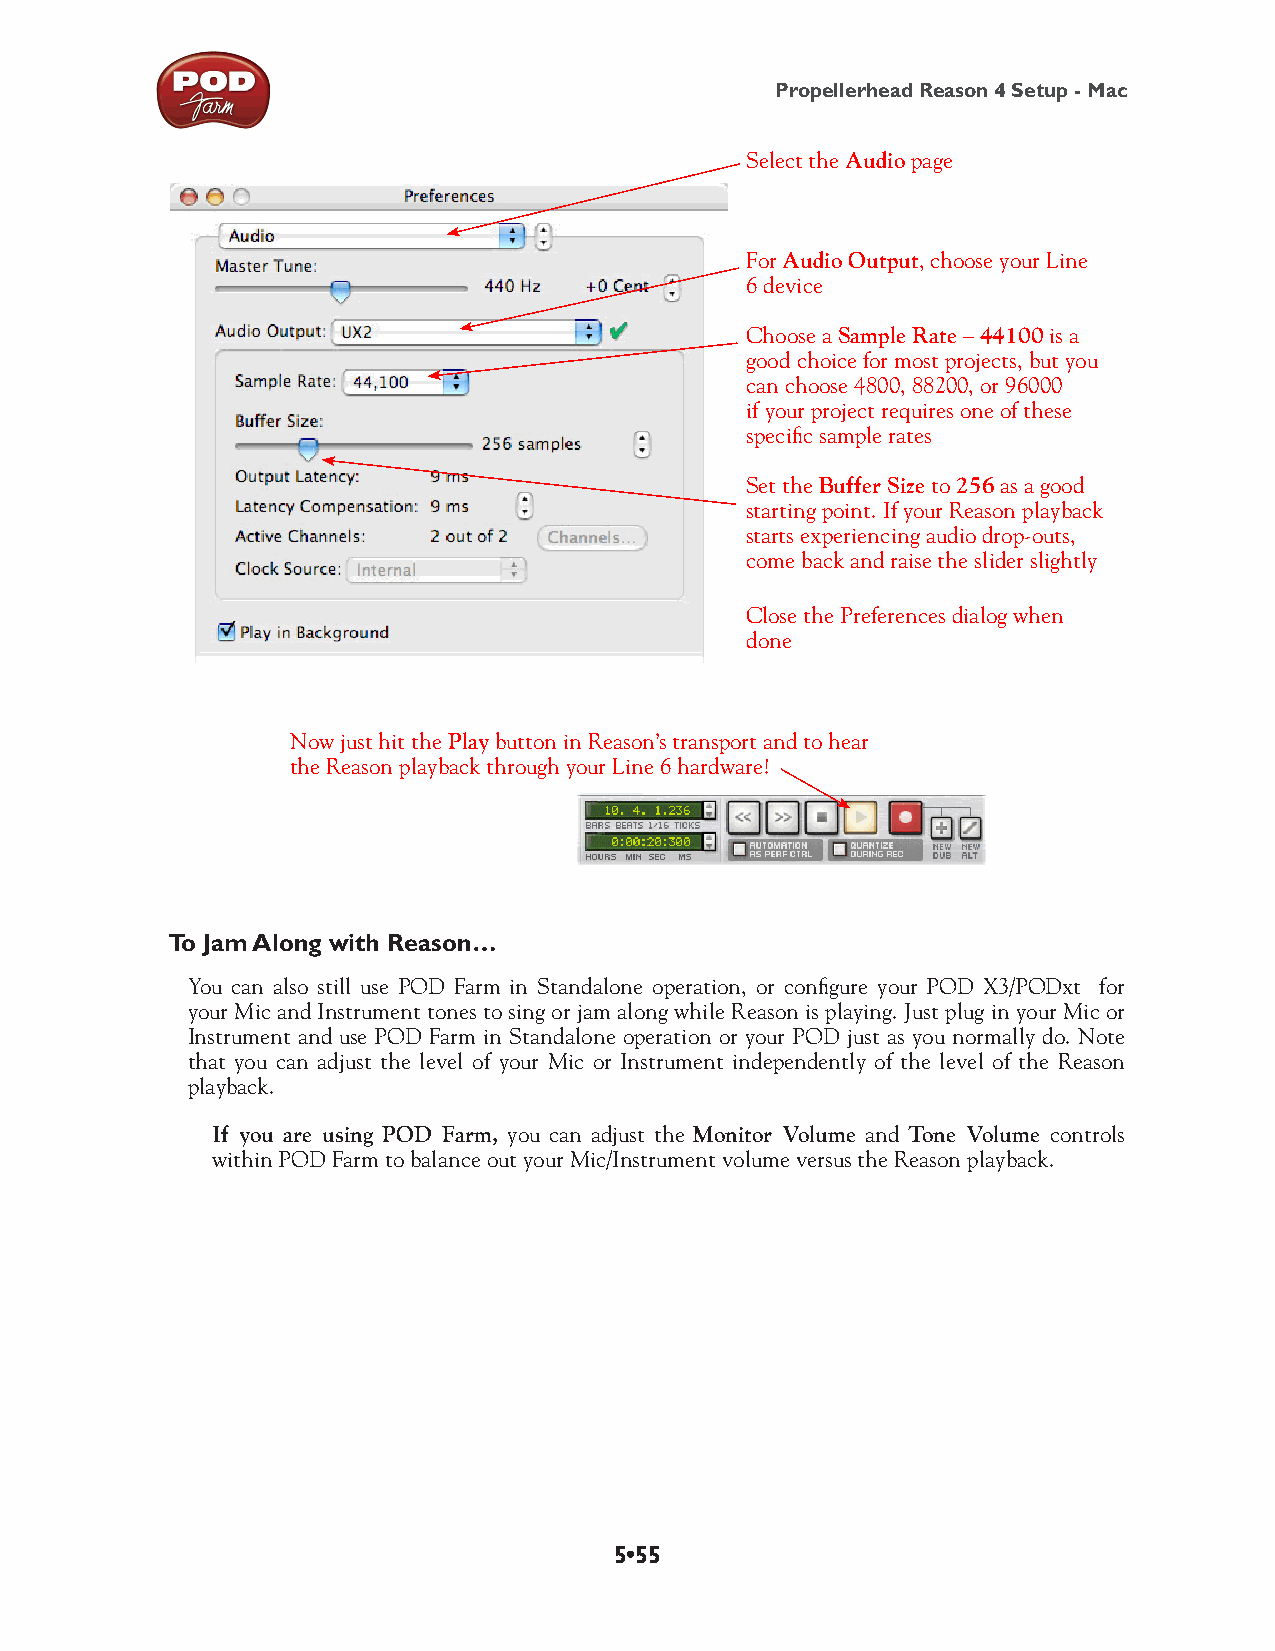
Propellerhead Reason 4 Setup - Mac
 Select the Audio page
 For Audio Output, choose your Line
 6 device
 Choose a Sample Rate – 44100 is a
 good choice for most projects, but you
 can choose 4800, 88200, or 96000
 if your project requires one of these
 specific sample rates
 Set the Buffer Size to 256 as a good
 starting point. If your Reason playback
 starts experiencing audio drop-outs,
 come back and raise the slider slightly
 Close the Preferences dialog when
 done
 Now just hit the Play button in Reason’s transport and to hear
 the Reason playback through your Line 6 hardware!
 To Jam Along with Reason…
 You can also still use POD Farm in Standalone operation, or configure your POD X3/PODxt for
 your Mic and Instrument tones to sing or jam along while Reason is playing. Just plug in your Mic or
 Instrument and use POD Farm in Standalone operation or your POD just as you normally do. Note
 that you can adjust the level of your Mic or Instrument independently of the level of the Reason
 playback.
 If you are using POD Farm, you can adjust the Monitor Volume and Tone Volume controls
 within POD Farm to balance out your Mic/Instrument volume versus the Reason playback.
 5•55